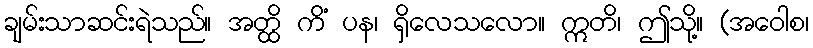
ချမ်းသာဆင်းရဲသည်။ အတ္ထိ ကိံ ပန၊ ရှိလေသလော။ ဣတိ၊ ဤသို့။ (အဝေါစ၊